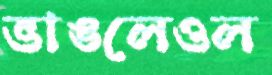
ভাঙলেওল